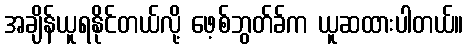
အချိန်ယူရနိုင်တယ်လို့ ဖေ့စ်ဘွတ်ခ်က ယူဆထားပါတယ်။